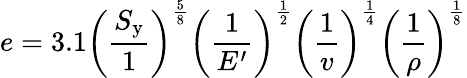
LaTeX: e=3.1\left({\frac{S_{\mathrm{y}}}{1}}\right)^{\frac{5}{8}}\left({\frac{1}{E^{\prime}}}\right)^{\frac{1}{2}}\left({\frac{1}{v}}\right)^{\frac{1}{4}}\left({\frac{1}{\rho}}\right)^{\frac{1}{8}}